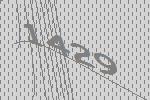
1429